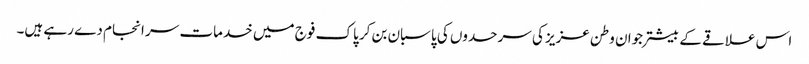
اس علاقے کے بیشتر جوان وطن عزیز کی سرحدوں کی پاسبان بن کر پاک فوج میں خدمات سر انجام دے رہے ہیں۔